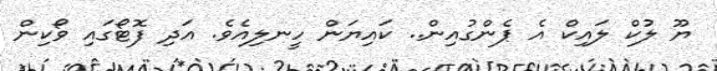
ޔޫ ލުކް ލައިކް އެ ޕެންގުއިން.. ކައިޔަން ހީނލިއެވެ. އަދި ފޮޓޯގައި ވޯކިން